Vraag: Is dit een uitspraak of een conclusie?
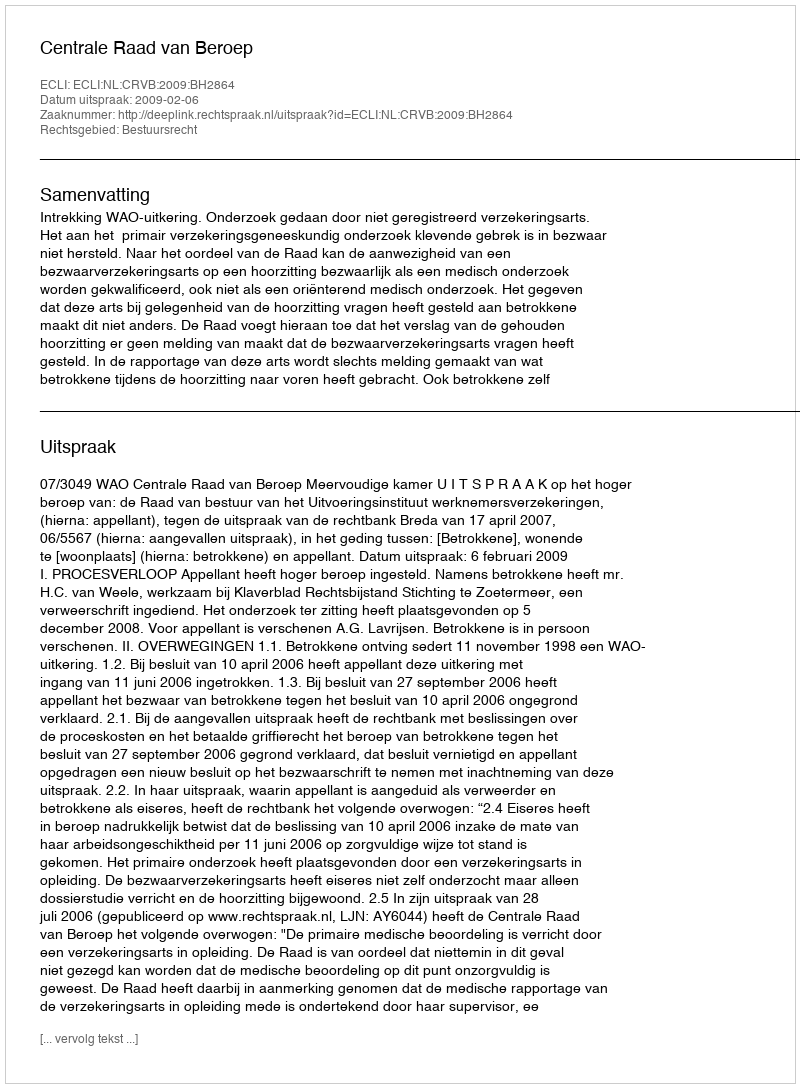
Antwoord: Uitspraak